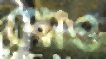
থোও